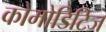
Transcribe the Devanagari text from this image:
कोमोडिटिज